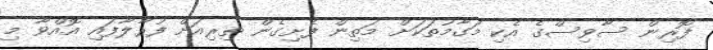
ފޮރިން ސާވިސްގެ އެކި މަގާމުތަކަށް މަތިން ފެށިގެން ތިރިއަށް ފުރާލާފައި އޮއްވާ މި